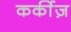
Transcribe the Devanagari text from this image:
कर्कीज़